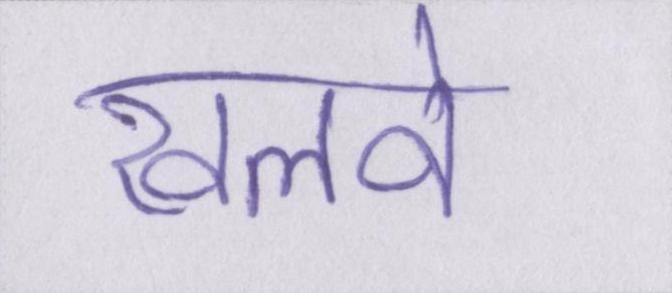
खलवे